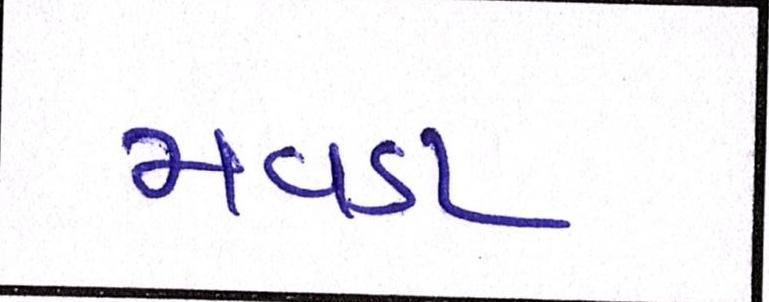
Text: મવડા